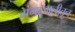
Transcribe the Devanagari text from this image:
गंगाजालीतून